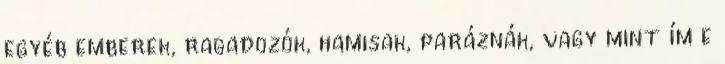
egyéb emberek, ragadozók, hamisak, paráznák, vagy mint ím e